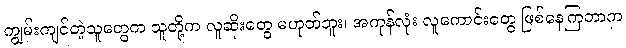
ကျွမ်းကျင်တဲ့သူတွေက သူတို့က လူဆိုးတွေ မဟုတ်ဘူး၊ အကုန်လုံး လူကောင်းတွေ ဖြစ်နေကြတာက